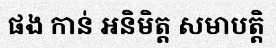
ផង កាន់ អនិមិត្ត សមាបត្តិ